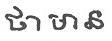
ថា មាន